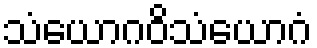
သံယောဂဝိသံယောဂံ